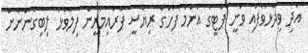
އަދި ވިދާޅުވެފައި ވަނީ ޕާޓީގެ އެންމެ ފަހުގެ ރިޔާސީ ޕްރައިމަރީން ފިލާވަޅު ލިބިގަންނަން